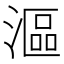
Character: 漚